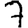
Digit: 7